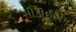
સીડીઈએમ